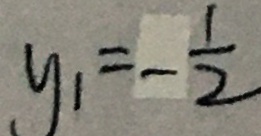
y _ { 1 } = - \frac { 1 } { 2 }